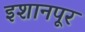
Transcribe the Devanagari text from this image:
इशानपूर